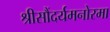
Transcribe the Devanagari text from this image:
श्रीसौंदर्यमनोरमा